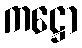
ကဋ္ဌော